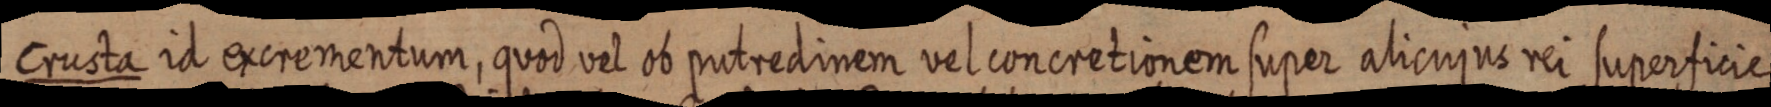
Crusta id excrementum, quod vel ob putredinem vel concretionem super alicujus rei superficie